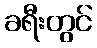
ခရီးတွင်